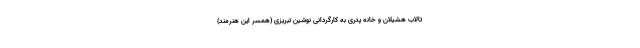
تالاب هشیلان و خانه پدری به کارگردانی نوشین تبریزی (همسر این هنرمند)